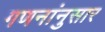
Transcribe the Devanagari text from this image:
गणनांनुसार